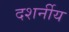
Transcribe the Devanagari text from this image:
दशर्नीय